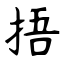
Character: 捂